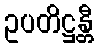
ဥပတိဋ္ဌန္တီ